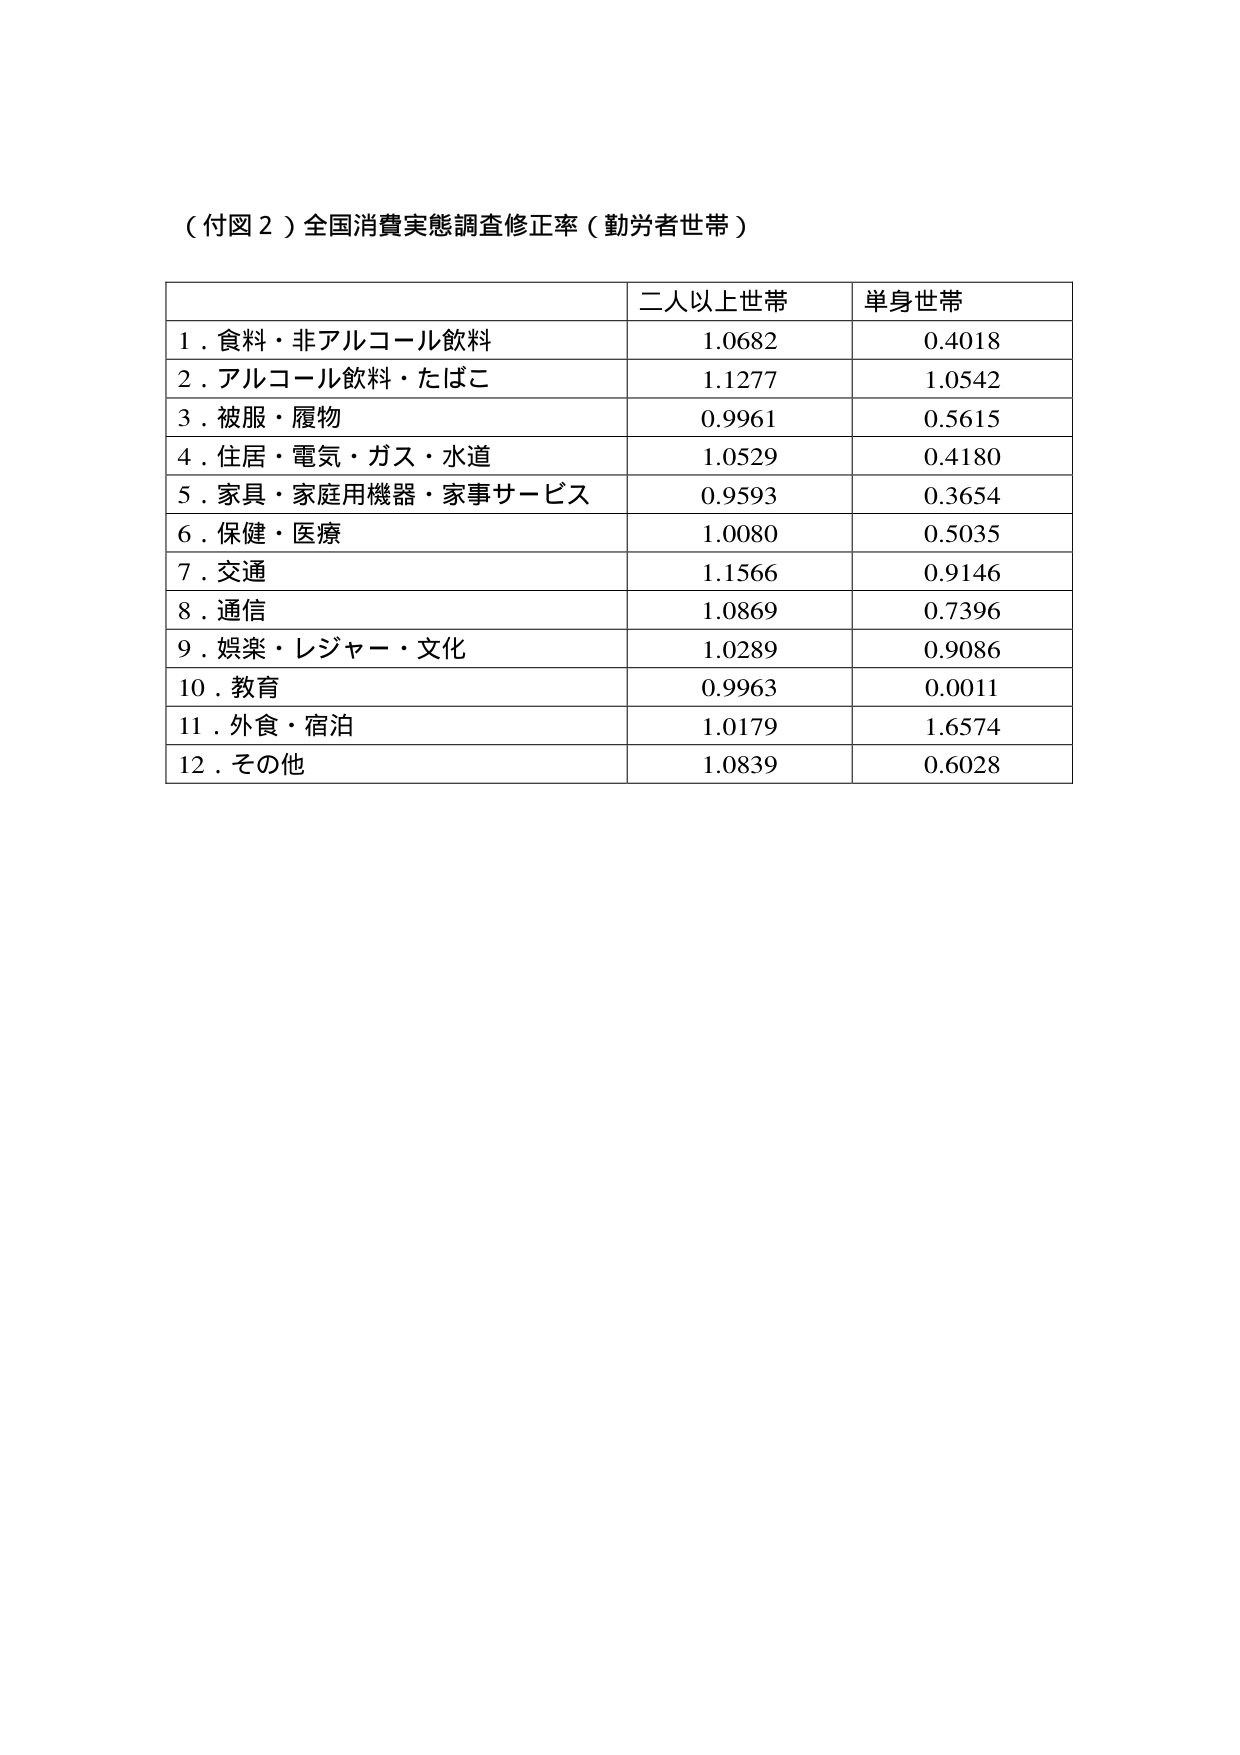
（付図２）全国消費実態調査修正率（勤労者世帯）

二人以上世帯　単身世帯
１．食料・非アルコール飲料　1.0682　0.4018
２．アルコール飲料・たばこ　1.1277　1.0542
３．被服・履物　0.9961　0.5615
４．住居・電気・ガス・水道　1.0529　0.4180
５．家具・家庭用機器・家事サービス　0.9593　0.3654
６．保健・医療　1.0080　0.5035
７．交通　1.1566　0.9146
８．通信　1.0869　0.7396
９．娯楽・レジャー・文化　1.0289　0.9086
10．教育　0.9963　0.0011
11．外食・宿泊　1.0179　1.6574
12．その他　1.0839　0.6028